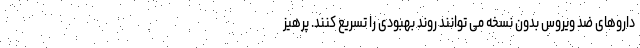
داروهای ضد ویروس بدون نسخه می توانند روند بهبودی را تسریع کنند. پرهیز